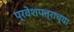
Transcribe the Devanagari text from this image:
प्रवेशपत्राच्या